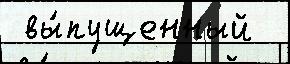
 вы́пущенный